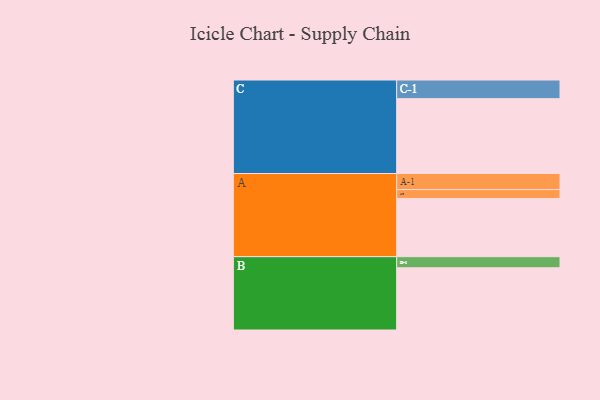
{"axis": {"x": "Segment", "y": "Value"}, "legend": ["", "A", "B", "C"], "data": [{"x": "A", "y": 384, "type": ""}, {"x": "B", "y": 410, "type": ""}, {"x": "C", "y": 493, "type": ""}, {"x": "A-1", "y": 106, "type": "A"}, {"x": "A-2", "y": 58, "type": "A"}, {"x": "B-1", "y": 73, "type": "B"}, {"x": "C-1", "y": 123, "type": "C"}]}